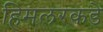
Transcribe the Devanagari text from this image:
हिमलरकडे